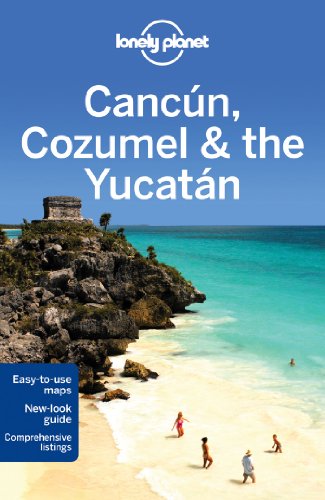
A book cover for Lonely Planet Cancun, Cozumel & the Yucatan (Travel Guide); Lonely Planet; Travel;